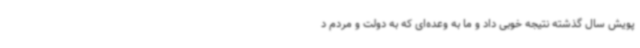
پویش سال گذشته نتیجه خوبی داد و ما به وعده‌ای که به دولت و مردم د